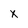
Character: X